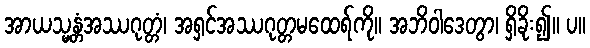
အာယသ္မန္တံအဿဂုတ္တံ၊ အရှင်အဿဂုတ္တမထေရ်ကို။ အဘိဝါဒေတွာ၊ ရှိခိုး၍။ ပ။